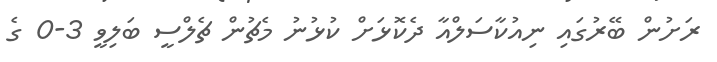
ރަށުން ބޭރުގައި ނިއުކާސަލްއާ ދެކޮޅަށް ކުޅުނު މެޗުން ޗެލްސީ ބަލިވީ 3-0 ގެ